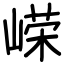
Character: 嵘